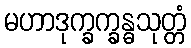
မဟာဒုက္ခက္ခန္ဓသုတ္တံ